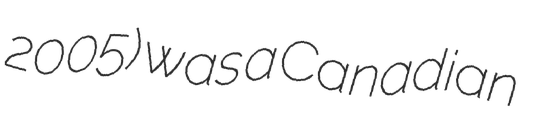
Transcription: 2005) was a Canadian